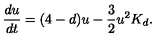
\frac { d u } { d t } = ( 4 - d ) u - \frac { 3 } { 2 } u ^ { 2 } K _ { d } .